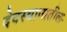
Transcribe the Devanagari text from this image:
देवस्थानातील